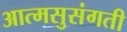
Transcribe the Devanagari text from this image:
आत्मसुसंगती